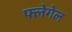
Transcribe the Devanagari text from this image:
फ्लेगेल